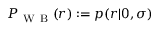
P _ { \mathrm { ~ W ~ B ~ } } ( r ) : = p ( r | 0 , \sigma )